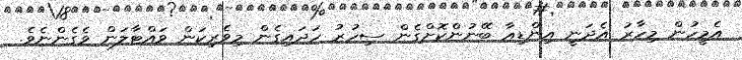
އެމީހުން މިހާރު އެދަނީ އިންޑިއާ ބޭނުންކޮށްގެން ސިހުރު ހަދައިގެން މިވެރިކަން ވައްޓާލަން ވެގެންނެެވެ.